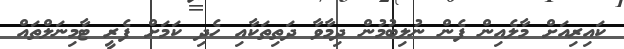
ކައިރިއަށް މާލެއިން ފެން ނުލިބުމުން ދިމާވާ ދަތިތަކާއި ހެދި ކަމަށް ފެރީ ޓާމިނަލްތައް